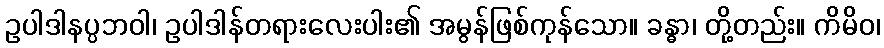
ဥပါဒါနပ္ပဘဝါ၊ ဥပါဒါန်တရားလေးပါး၏ အမွန်ဖြစ်ကုန်သော။ ခန္ဓာ၊ တို့တည်း။ ကိမိဝ၊